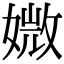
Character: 媺